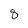
Character: 8